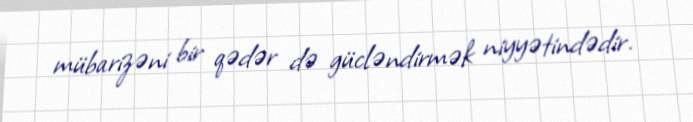
mübarizəni bir qədər də gücləndirmək niyyətindədir.